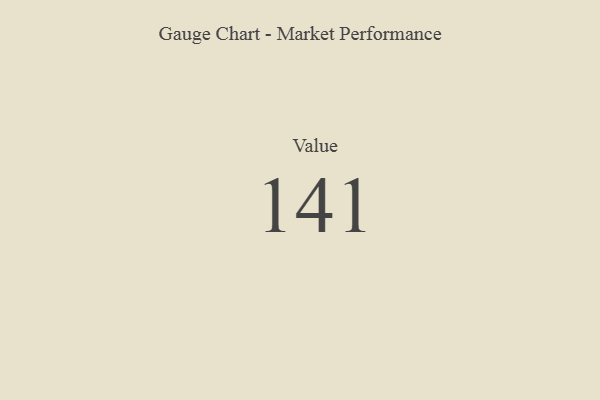
{"axis": {"x": "Metric", "y": "Value"}, "legend": [""], "data": [{"x": "Value", "y": 141, "type": ""}]}